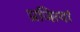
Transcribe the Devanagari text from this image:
प्रजित्यां